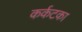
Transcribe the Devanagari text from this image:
कर्कटका